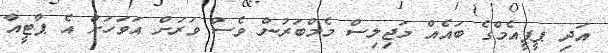
އަދި ޕީޕީއެމްގެ ބައެއް މަޖިލިސް މެމްބަރުން ވެސް ވަރަށް އަވަހަށް އެ ޕާޓީއާ